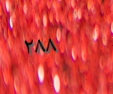
٢٨٨